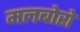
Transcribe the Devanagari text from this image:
मलबोरो